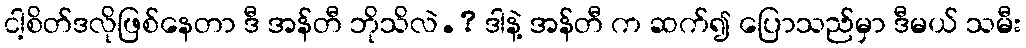
ငါ့စိတ်ဒလိုဖြစ်နေတာ ဒီ အန်တီ ဘိုသိလဲ.? ဒါနဲ့ အန်တီ က ဆက်၍ ပြောသည်မှာ ဒီမယ် သမီး